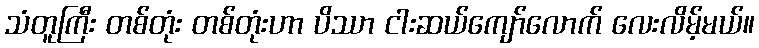
သံတူကြီး တစ်တုံး တစ်တုံးဟာ ပိဿာ ငါးဆယ်ကျော်လောက် လေးလိမ့်မယ်။